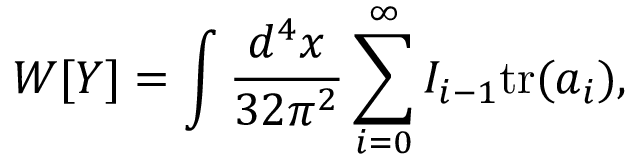
W [ Y ] = \int \frac { d ^ { 4 } x } { 3 2 \pi ^ { 2 } } \sum _ { i = 0 } ^ { \infty } I _ { i - 1 } \mathrm { t r } ( a _ { i } ) ,